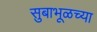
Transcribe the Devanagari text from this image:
सुबाभूळच्या